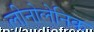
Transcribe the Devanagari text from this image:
लीनोलेनिक